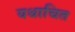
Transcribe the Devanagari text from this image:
यथाचित